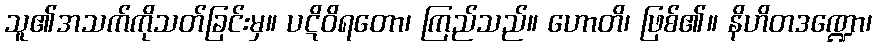
သူ၏အသက်ကိုသတ်ခြင်းမှ။ ပဋိဝိရတော၊ ကြည်သည်။ ဟောတိ၊ ဖြစ်၏။ နိဟိတဒဏ္ဍော၊